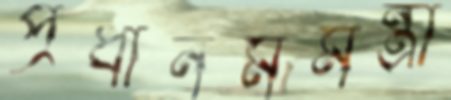
প্রধানমমন্ত্রী